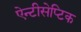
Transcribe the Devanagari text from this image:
ऐन्टीसेप्टिक